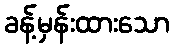
ခန့်မှန်းထားသော